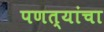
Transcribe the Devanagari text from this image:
पणत्यांचा